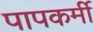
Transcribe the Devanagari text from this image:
पापकर्मी